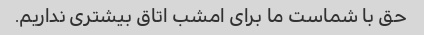
حق با شماست ما برای امشب اتاق بیشتری نداریم.